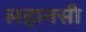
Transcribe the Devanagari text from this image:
लहानसी